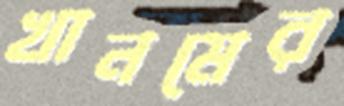
খানমের